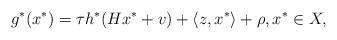
LaTeX: \begin{align*}g^*(x^*)=\tau h^*(Hx^*+v)+\langle z,x^*\rangle+\rho, x^*\in X, \end{align*}